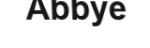
Abbye